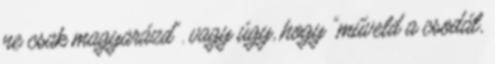
ne csak magyarázd". vagy úgy, hogy "műveld a csodát,